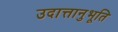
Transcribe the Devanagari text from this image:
उदात्तानुभूति